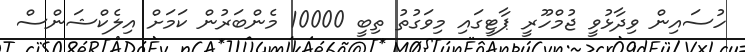
ހުސައިން ވިދާޅުވީ ޖުމްހޫރީ ޕާޓީގައި މިވަގުތު ތިބީ 10000 މެންބަރުން ކަމަށް އިލެކްޝަންސް